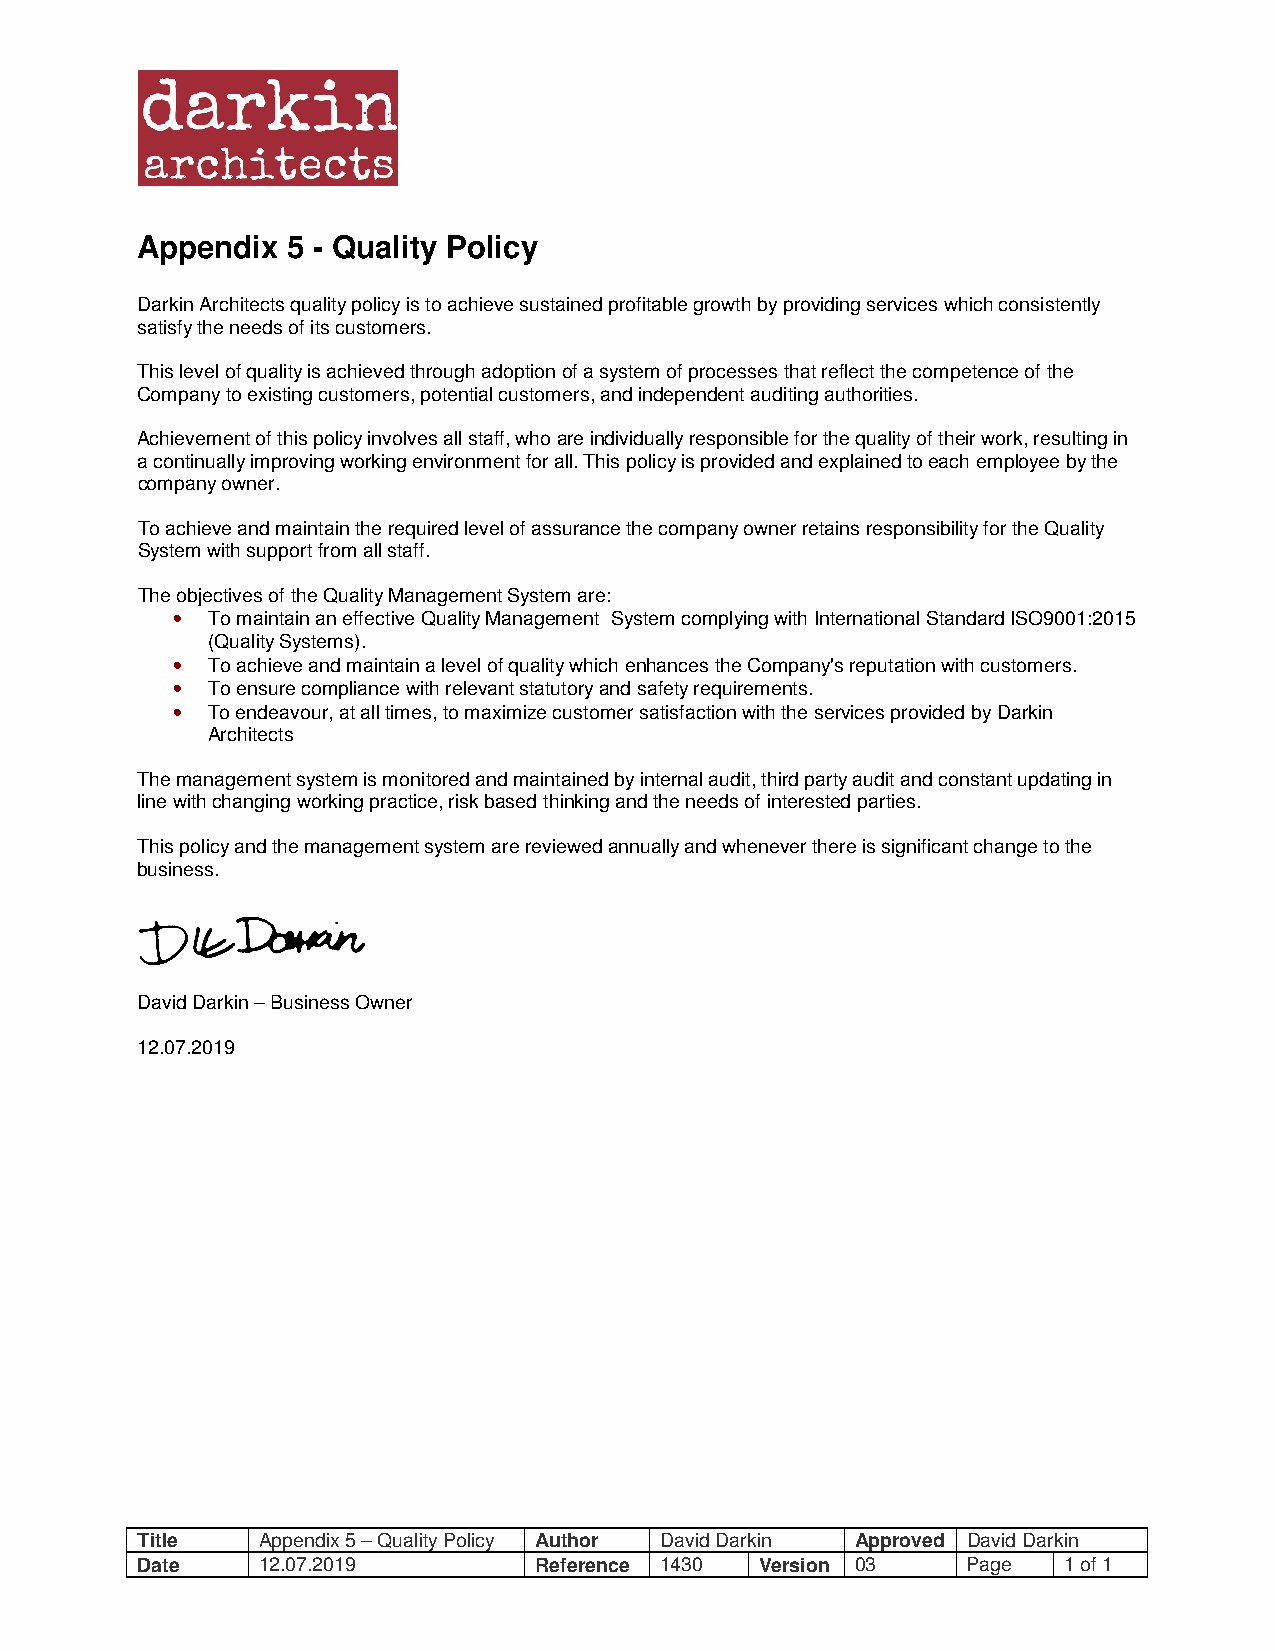
Appendix  5 - Quality Policy
 Darkin Architects quality policy is to achieve sustained profitable growth by providing services which consistently
 satisfy the needs of its customers.
 This level of quality is achieved through adoption of a system of processes that reflect the competence of the
 Company to existing customers, potential customers, and independent auditing authorities.
 Achievement of this policy involves all staff, who are individually responsible for the quality of their work, resulting in
 a continually improving working environment for all. This policy is provided and explained to each employee by the
 company owner.
 To achieve and maintain the required level of assurance the company owner retains responsibility for the Quality
 System with support from all staff.
 The objectives of the Quality Management System are:
 •  To maintain an effective Quality Management System complying with International Standard ISO9001:2015
 (Quality Systems).
 •  To achieve and maintain a level of quality which enhances the Company's reputation with customers.
 •  To ensure compliance with relevant statutory and safety requirements.
 •  To endeavour, at all times, to maximize customer satisfaction with the services provided by Darkin
 Architects
 The management system is monitored and maintained by internal audit, third party audit and constant updating in
 line with changing working practice, risk based thinking and the needs of interested parties.
 This policy and the management system are reviewed annually and whenever there is significant change to the
 business.
 David Darkin – Business Owner
 12.07.2019
 Title   Appendix 5 – Quality Policy Author David Darkin Approved David Darkin
 Date    12.07.2019        Reference 1430 Version 03    Page  1 of 1